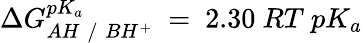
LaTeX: \Delta G_{AH\; /\; BH^{+}}^{pK_{a}}~=~2.30~RT~pK_{a}